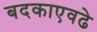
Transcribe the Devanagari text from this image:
बदकाएवढे